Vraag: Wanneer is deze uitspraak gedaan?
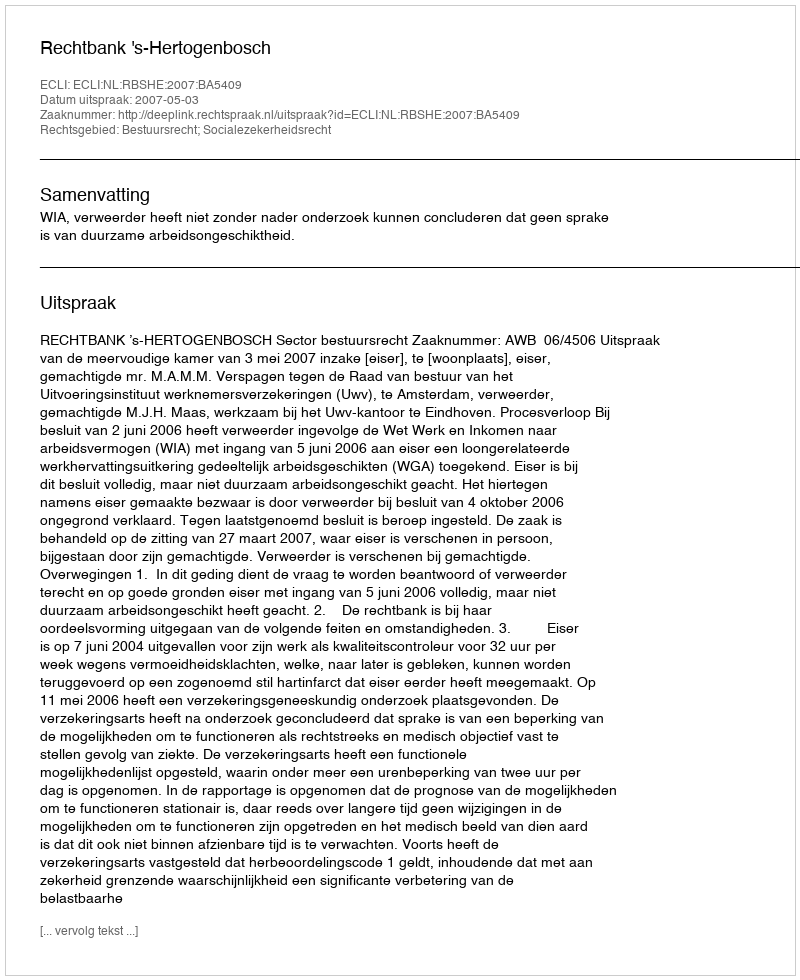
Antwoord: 2007-05-03